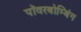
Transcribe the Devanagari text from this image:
पॉवरबोम्बिंग